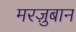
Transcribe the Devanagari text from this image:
मरज़ुबान